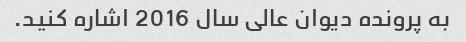
به پرونده دیوان عالی سال 2016 اشاره کنید.